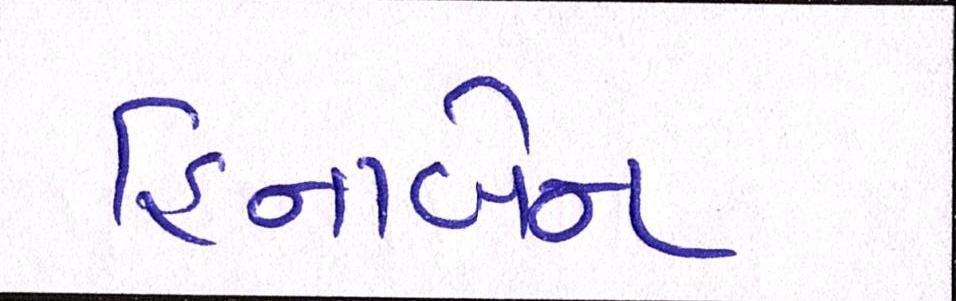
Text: હિનાબેન